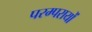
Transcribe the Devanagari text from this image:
परम्परायों